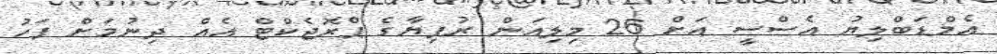
އެމްޑަބްލިޔު އެސްސީ އަށް 26 މިލިއަން ރުފިޔާގެ ޕްރޮޖެކްޓް އެއް ދިނުމަށް ފަހު